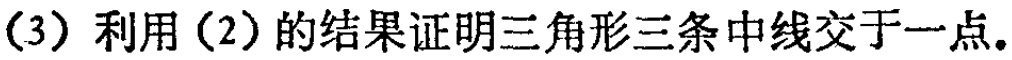
(3) 利用 (2) 的结果证明三角形三条中线交于一点.